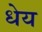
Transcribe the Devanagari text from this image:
धेय